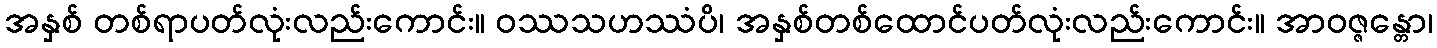
အနှစ် တစ်ရာပတ်လုံးလည်းကောင်း။ ဝဿသဟဿံပိ၊ အနှစ်တစ်ထောင်ပတ်လုံးလည်းကောင်း။ အာဝဇ္ဇန္တော၊